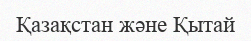
Қазақстан және Қытай